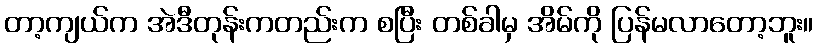
တာ့ကျယ်က အဲဒီတုန်းကတည်းက စပြီး တစ်ခါမှ အိမ်ကို ပြန်မလာတော့ဘူး။